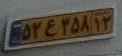
۵۲ع۳۵۸۱۲